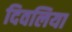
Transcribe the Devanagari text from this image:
दिवलिया